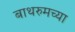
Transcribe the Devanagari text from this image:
बाथरुमच्‍या